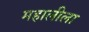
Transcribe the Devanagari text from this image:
महालीला